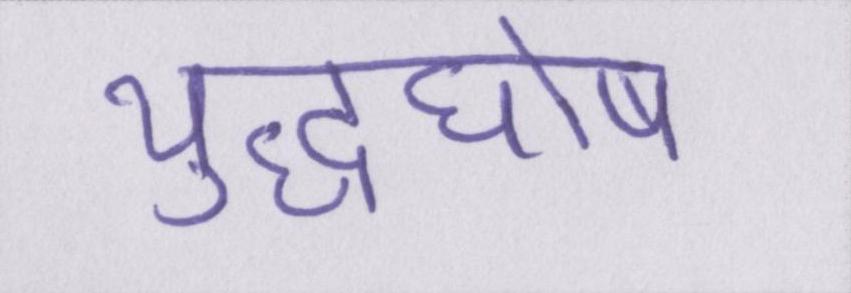
युद्धघोष